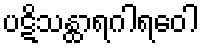
ပဋိသန္ထာရဂါရဝေါ